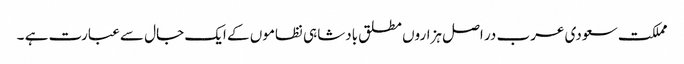
مملکت سعودی عرب در اصل ہزاروں مطلق بادشاہی نظاموں کے ایک جال سے عبارت ہے ۔